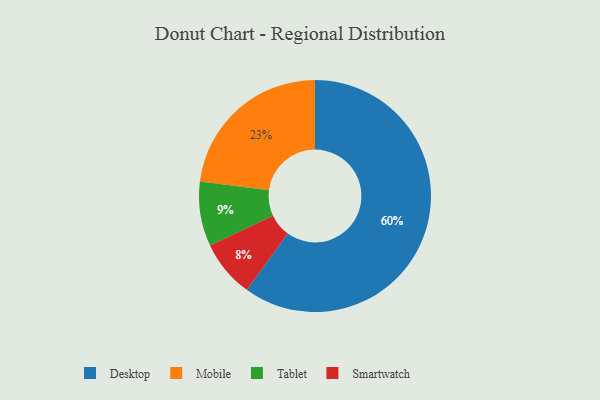
{"axis": {"x": "Category", "y": "Percentage"}, "legend": ["Desktop", "Mobile", "Smartwatch", "Tablet"], "data": [{"x": "Tablet", "y": 9, "type": "Tablet"}, {"x": "Smartwatch", "y": 8, "type": "Smartwatch"}, {"x": "Mobile", "y": 23, "type": "Mobile"}, {"x": "Desktop", "y": 60, "type": "Desktop"}]}